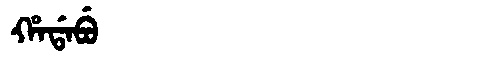
Manchu: ᡥᠠᡩᠠᠪᡠ
Romanization: HADABU